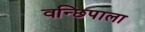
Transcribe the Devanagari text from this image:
वन्छिपाला